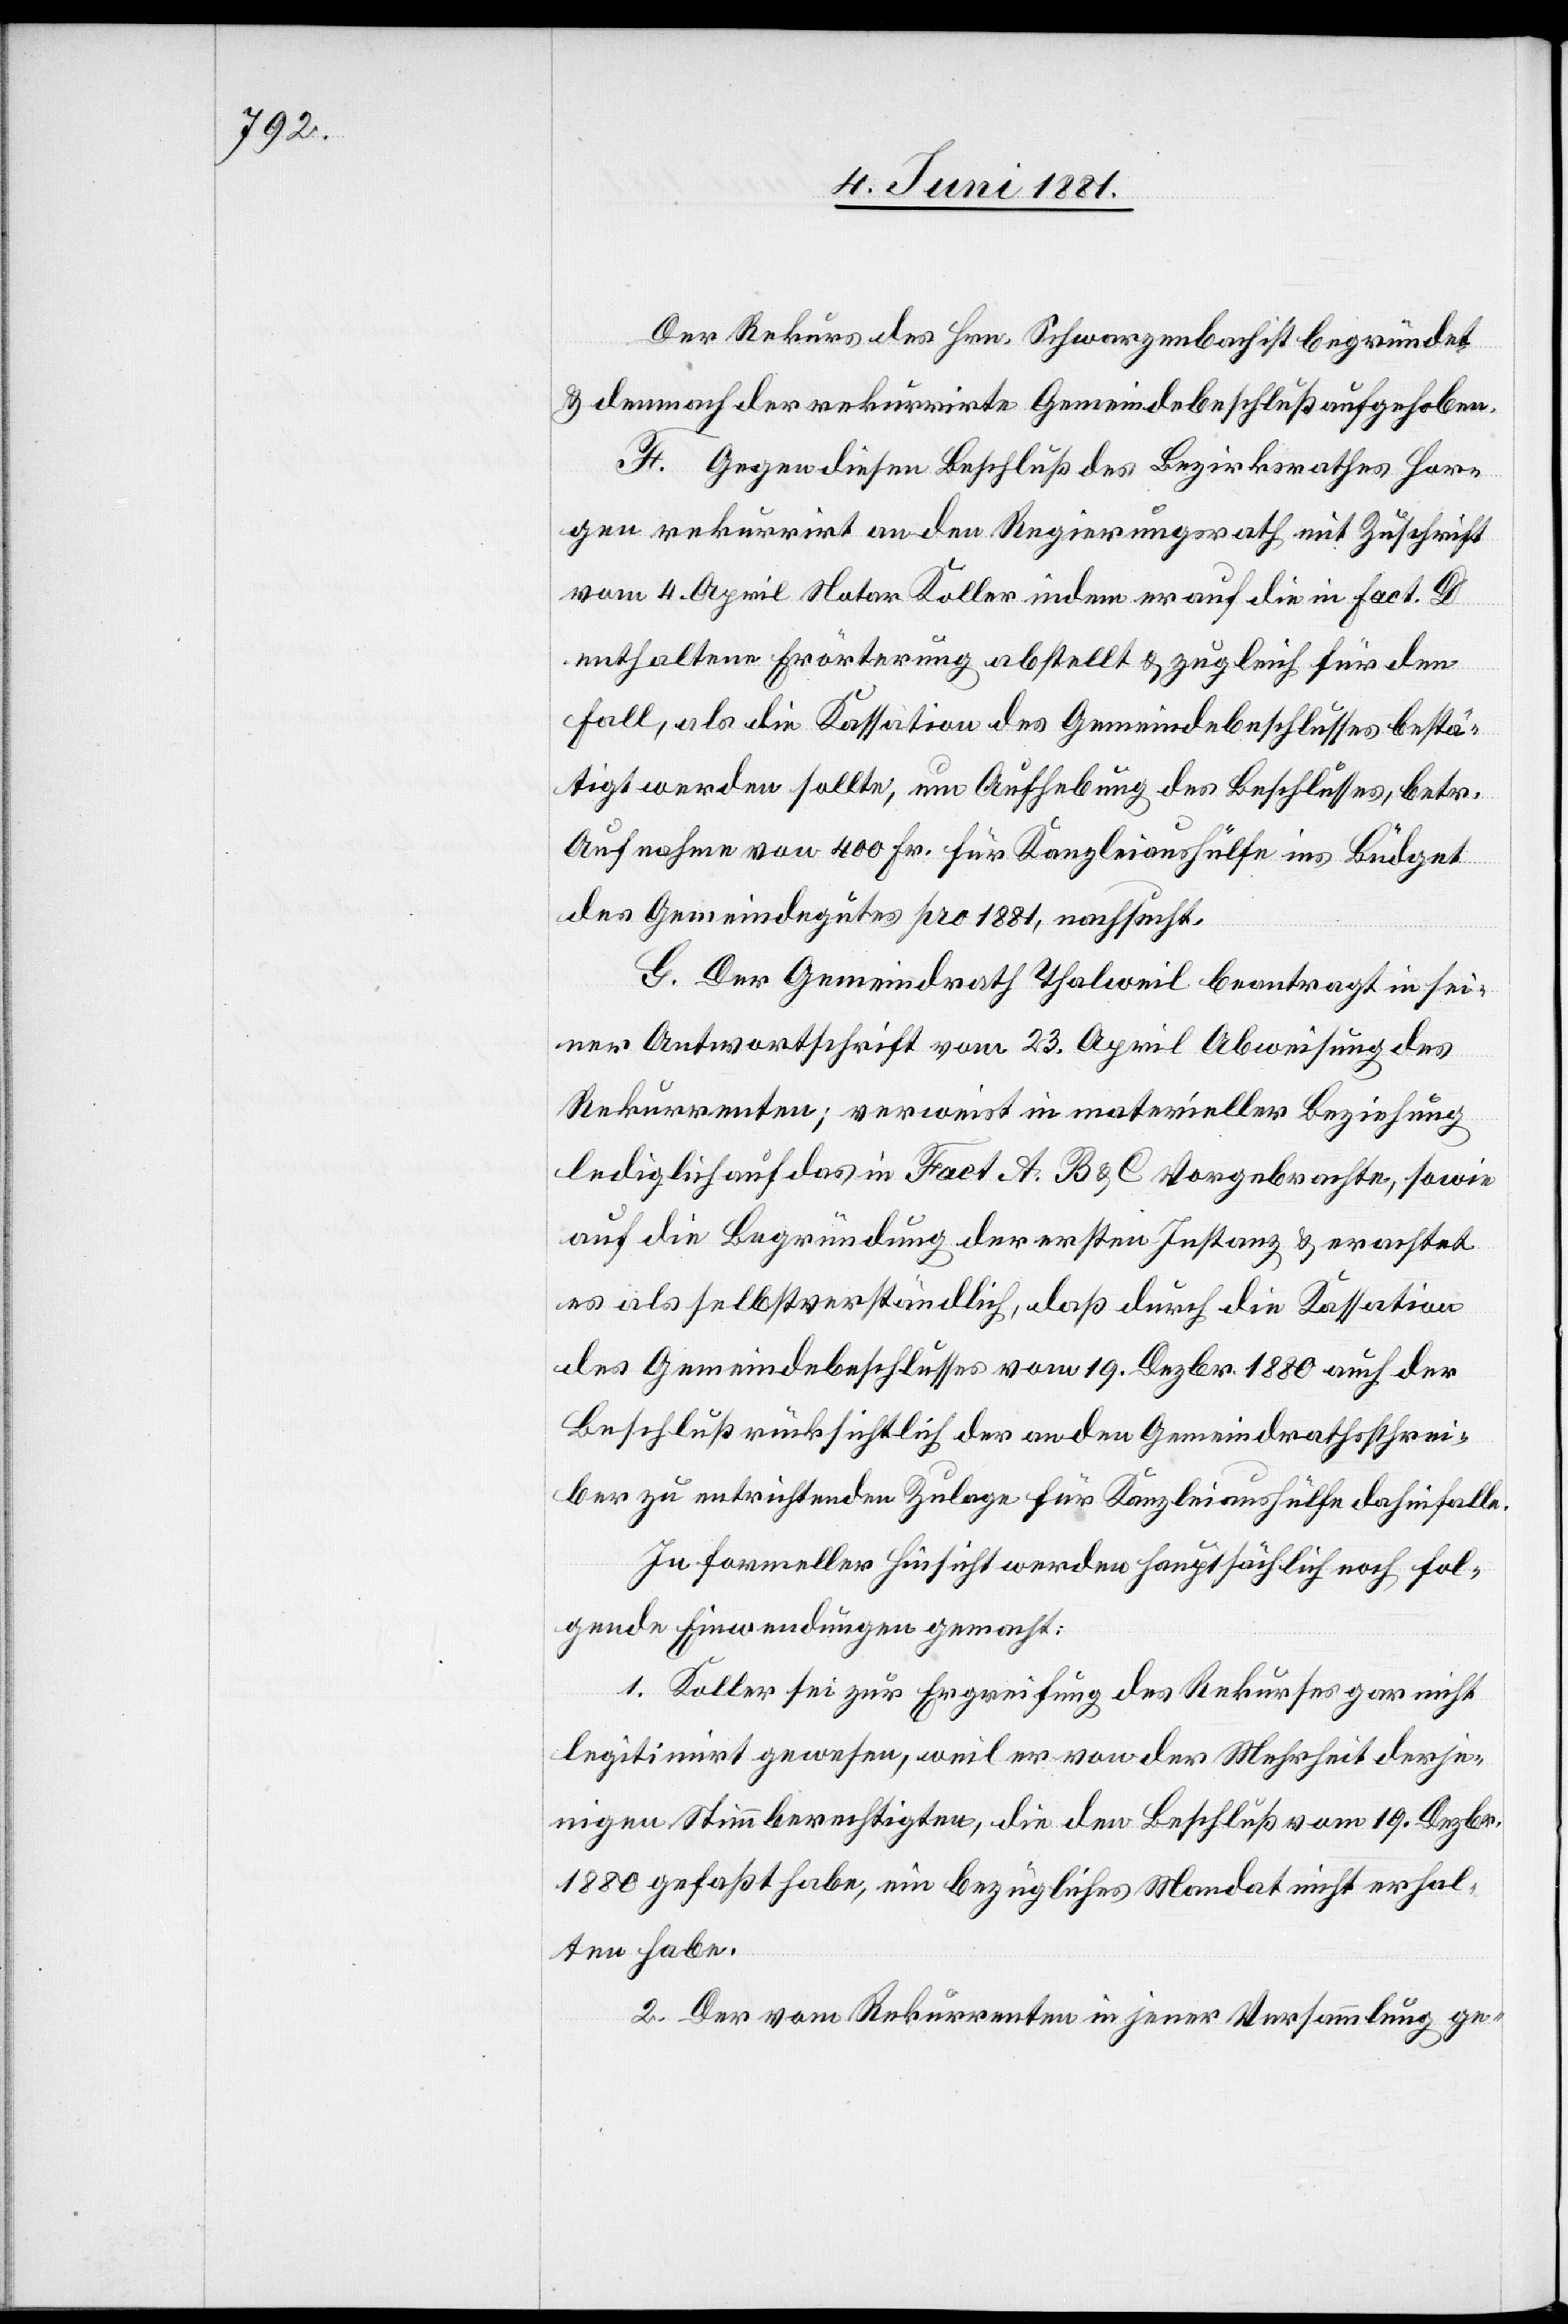
Der Rekurs des Hrn. Schwarzenbach ist begründet
& demnach der rekurrirte Gemeindebeschluß aufgehoben.
F. Gegen diesen Beschluß des Bezirksrathes Hor¬
gen rekurrirt an den Regierungsrath mit Zuschrift
vom 4. April Notar Koller indem er auf die in fact. D
enthaltene Erörterung abstellt & zugleich für den
Fall, als die Kassation des Gemeindebeschlusses bestä¬
tigt werden sollte, um Aufhebung des Beschlusses, betr.
Aufnahme von 400 Fr. für Kanzleiaushülfe ins Büdget
des Gemeindegutes pro 1881, nachsucht.
G. Der Gemeindrath Thalweil beantragt in sei¬
ner Antwortschrift vom 23. April Abweisung des
Rekurrenten; verweist in materieller Beziehung
lediglich auf das in Fact A, B & C Vorgebrachte, sowie
auf die Begründung der ersten Instanz & erachtet
es als selbstverständlich, daß durch die Kassation
des Gemeindebeschlusses vom 19. Dezbr. 1880 auch der
Beschluß rücksichtlich der an den Gemeindrathsschrei¬
ber zu entrichtenden Zulage für Kanzleiaushülfe dahinfalle.
In formeller Hinsicht werden hauptsächlich noch fol¬
gende Einwendungen gemacht:
1. Koller sei zur Ergreifung des Rekurses gar nicht
legitimirt gewesen, weil er von der Mehrheit derje¬
nigen Stimmberechtigten, die den Beschluß vom 19. Dezbr.
1880 gefaßt habe, ein bezügliches Mandat nicht erhal¬
ten habe.
2. Der vom Rekurrenten in jener Versammlung ge-